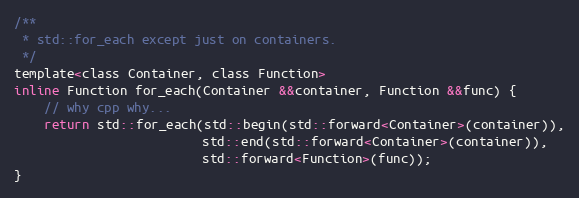
Language: C
/**
 * std::for_each except just on containers.
 */
template<class Container, class Function>
inline Function for_each(Container &&container, Function &&func) {
	// why cpp why...
	return std::for_each(std::begin(std::forward<Container>(container)),
	                     std::end(std::forward<Container>(container)),
	                     std::forward<Function>(func));
}